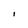
Character: I